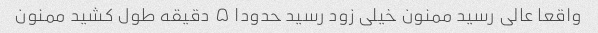
واقعا عالی رسید ممنون خیلی زود رسید حدودا ۵ دقیقه طول کشید ممنون